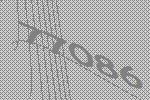
77086